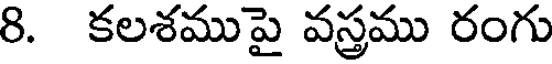
8. కలశముపై వస్త్రము రంగు